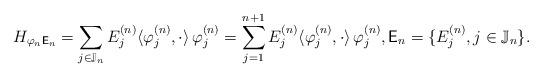
LaTeX: \begin{align*}{H_{{\varphi_n}{\sf E}_n}}=\sum_{j\in\mathbb{J}_n}E_j^{(n)} \langle \varphi_j^{(n)}, \cdot\rangle\,\varphi_j^{(n)}=\sum_{j=1}^{n+1}E_j^{(n)} \langle \varphi_j^{(n)}, \cdot\rangle\,\varphi_j^{(n)}, {\sf E}_n=\{E_j^{(n)}, j\in\mathbb{J}_n\}.\end{align*}